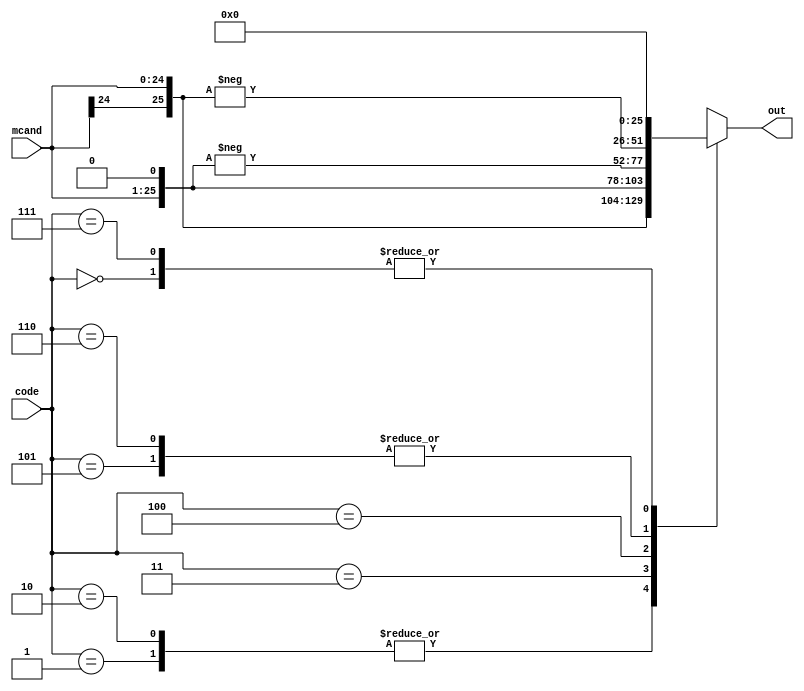
module booth_recode(out, mcand, code);

    output reg [25:0] out;
    input [24:0] mcand;
    input [2:0] code;

    always @(mcand, code)
        case (code)
            3'b000 : out = 26'b0;
            3'b001 : out = {mcand[24], mcand};
            3'b010 : out = {mcand[24], mcand};
            3'b011 : out = {mcand, 1'b0};
            3'b100 : out = -{mcand, 1'b0};
            3'b101 : out = -{mcand[24], mcand};
            3'b110 : out = -{mcand[24], mcand};
            3'b111 : out = 26'b0;
        endcase

endmodule